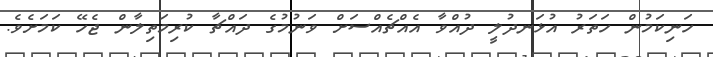
ހަނިކަމުން ހަތަރު އުޅަނދުލީ ދުއްވާ އެއްޗެއްސަށް ވަނުމުގެ ދައްޗާ ކުރިމަތިލާން ޖެހޭ ކަމަށެވެ.